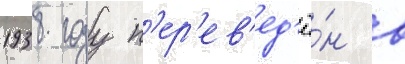
1938 году п'ер'ев'ед'ё́н в